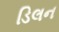
ડિલન